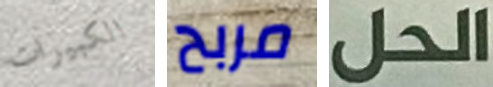
الكبيرات مربح الحل